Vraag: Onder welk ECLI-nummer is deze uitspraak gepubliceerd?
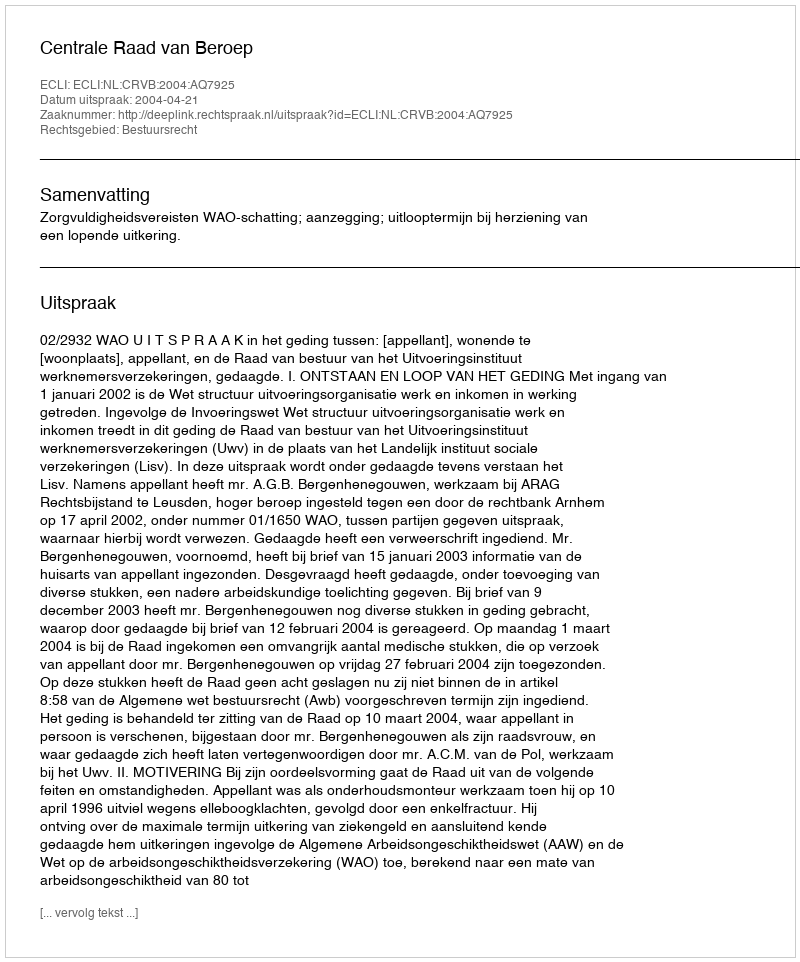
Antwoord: ECLI:NL:CRVB:2004:AQ7925